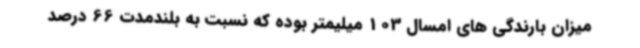
میزان بارندگی های امسال 103 میلیمتر بوده که نسبت به بلندمدت 66 درصد